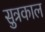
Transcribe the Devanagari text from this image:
सुत्रकाल